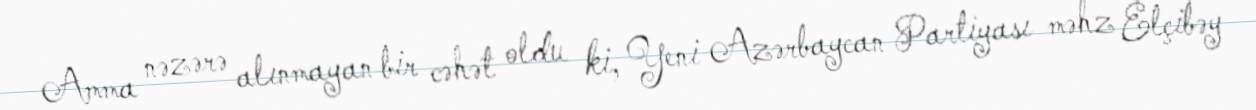
Amma nəzərə alınmayan bir cəhət oldu ki, Yeni Azərbaycan Partiyası məhz Elçibəy